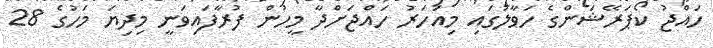
ހައްޖު ކޯޕަރޭޝަންގެ ހަވާލުގައި މިއަހަރު ހައްޖަށްދާ މީހުން ފުރާފައިވަނީ މިދިޔަ މަހުގެ 28